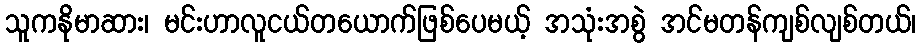
သူကနိုမာဆား၊ မင်းဟာလူငယ်တယောက်ဖြစ်ပေမယ့် အသုံးအစွဲ အင်မတန်ကျစ်လျစ်တယ်၊